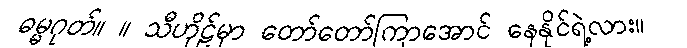
ဓမ္မဂုတ်။ ။ သီဟိုဠ်မှာ တော်တော်ကြာအောင် နေနိုင်ရဲ့လား။